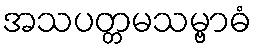
အသပတ္တမသမ္ဗာဓံ